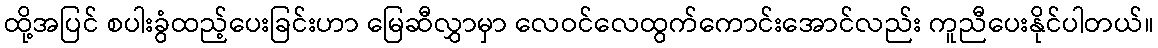
ထို့အပြင် စပါးခွံထည့်ပေးခြင်းဟာ မြေဆီလွှာမှာ လေဝင်လေထွက်ကောင်းအောင်လည်း ကူညီပေးနိုင်ပါတယ်။